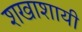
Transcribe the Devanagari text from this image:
शखाशायी